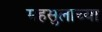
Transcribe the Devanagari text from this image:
महसुलाच्या